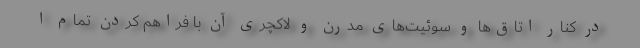
در کنار اتاق‌ها و سوئیت‌های مدرن و لاکچری آن با فراهم کردن تمام ا